Voisiku_vallavalitsus, lk 796
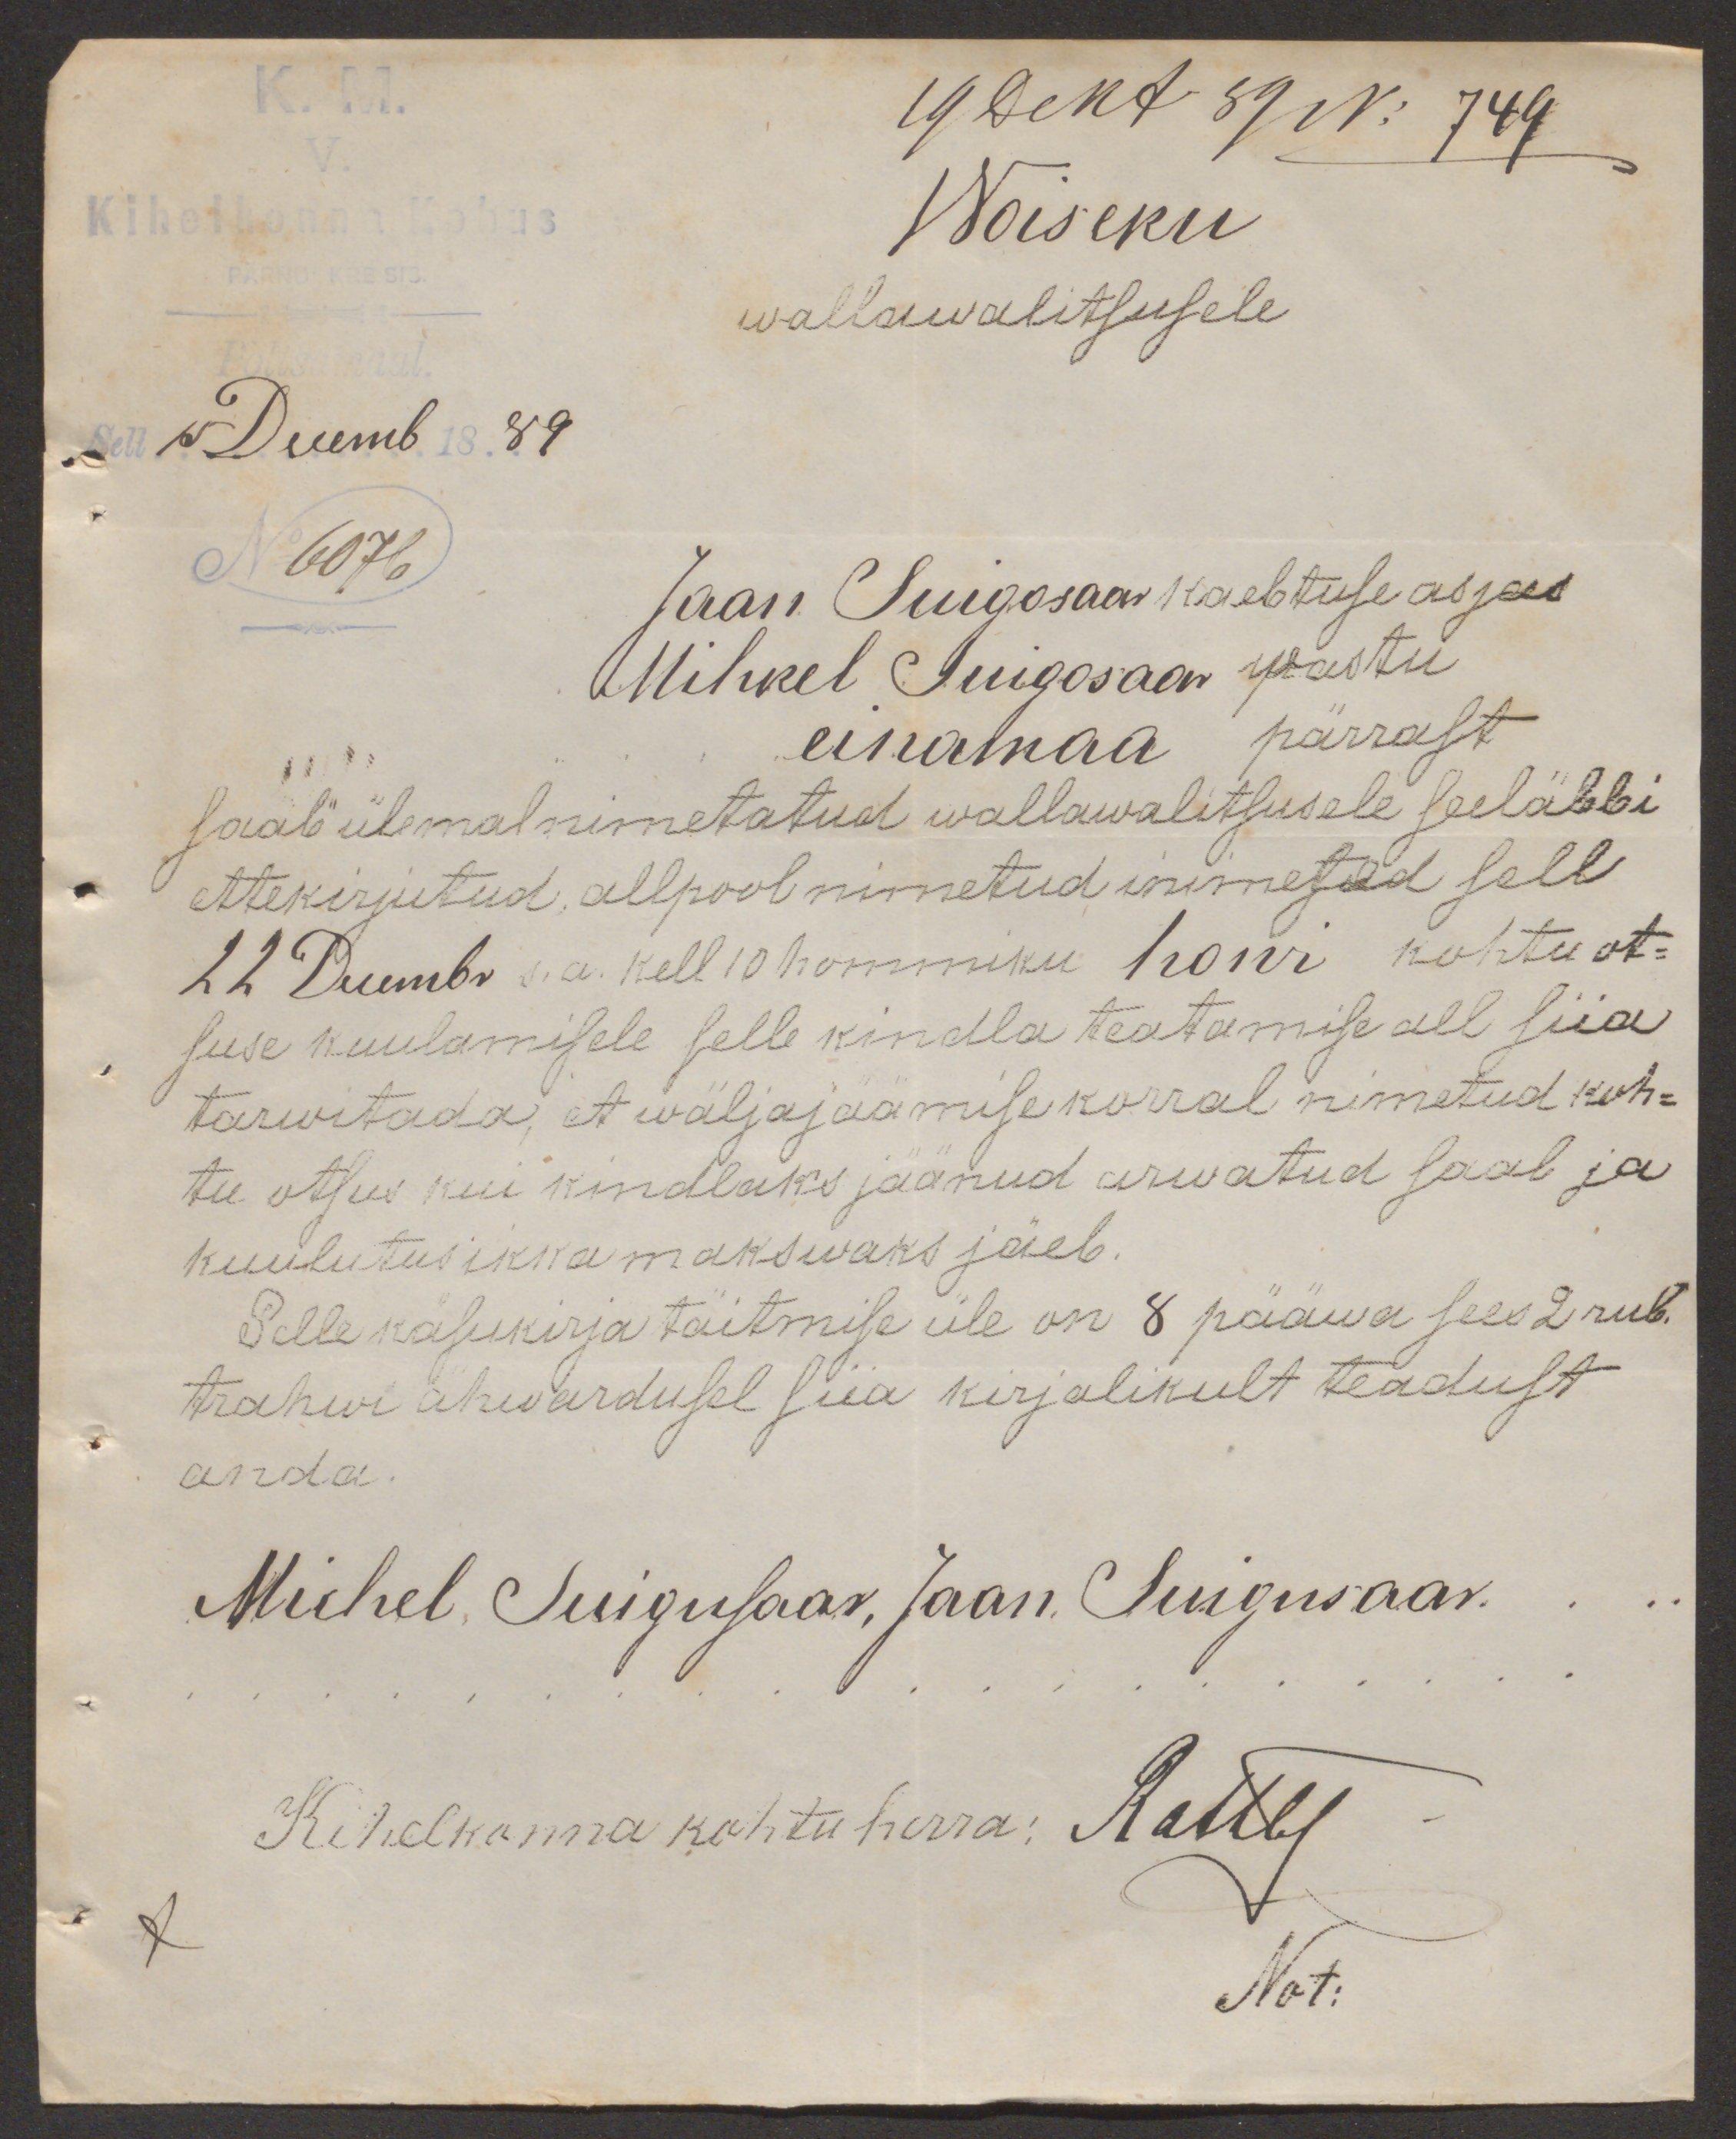
19 Dekt 89 No 749
Woiseku
wallawalitsusele
Sell 15 Decemb 1889
N 6076
Jaan Suigosaar kaebtuse asjas
Mihkel Suigosaar wastu
einamaa pärrast
saab ülemalnimetatud wallawalitsusele seeläbbi
ettekirjutud allpool nimetud inimesed sell
22 Decembr s.a. kell 10 hommiku howi kohtu ot-
suse kuulamisele selle kindla teatamise all siia
tarwitada, et wäljajäämise korral nimetud koh-
tu otsus kui kindlaks jäänud arwatud saab ja
kuulutus ikka makswaks jäeb.
Selle käsukirja täitmise üle on 8 pääwa sees 2 rub.
trahwi ähwardusel siia kirjalikult teadust
anda.
Michel Suigusaar, Jaan Suigusaar.
Kihelkonna kohtu herra: Rattby
Not: